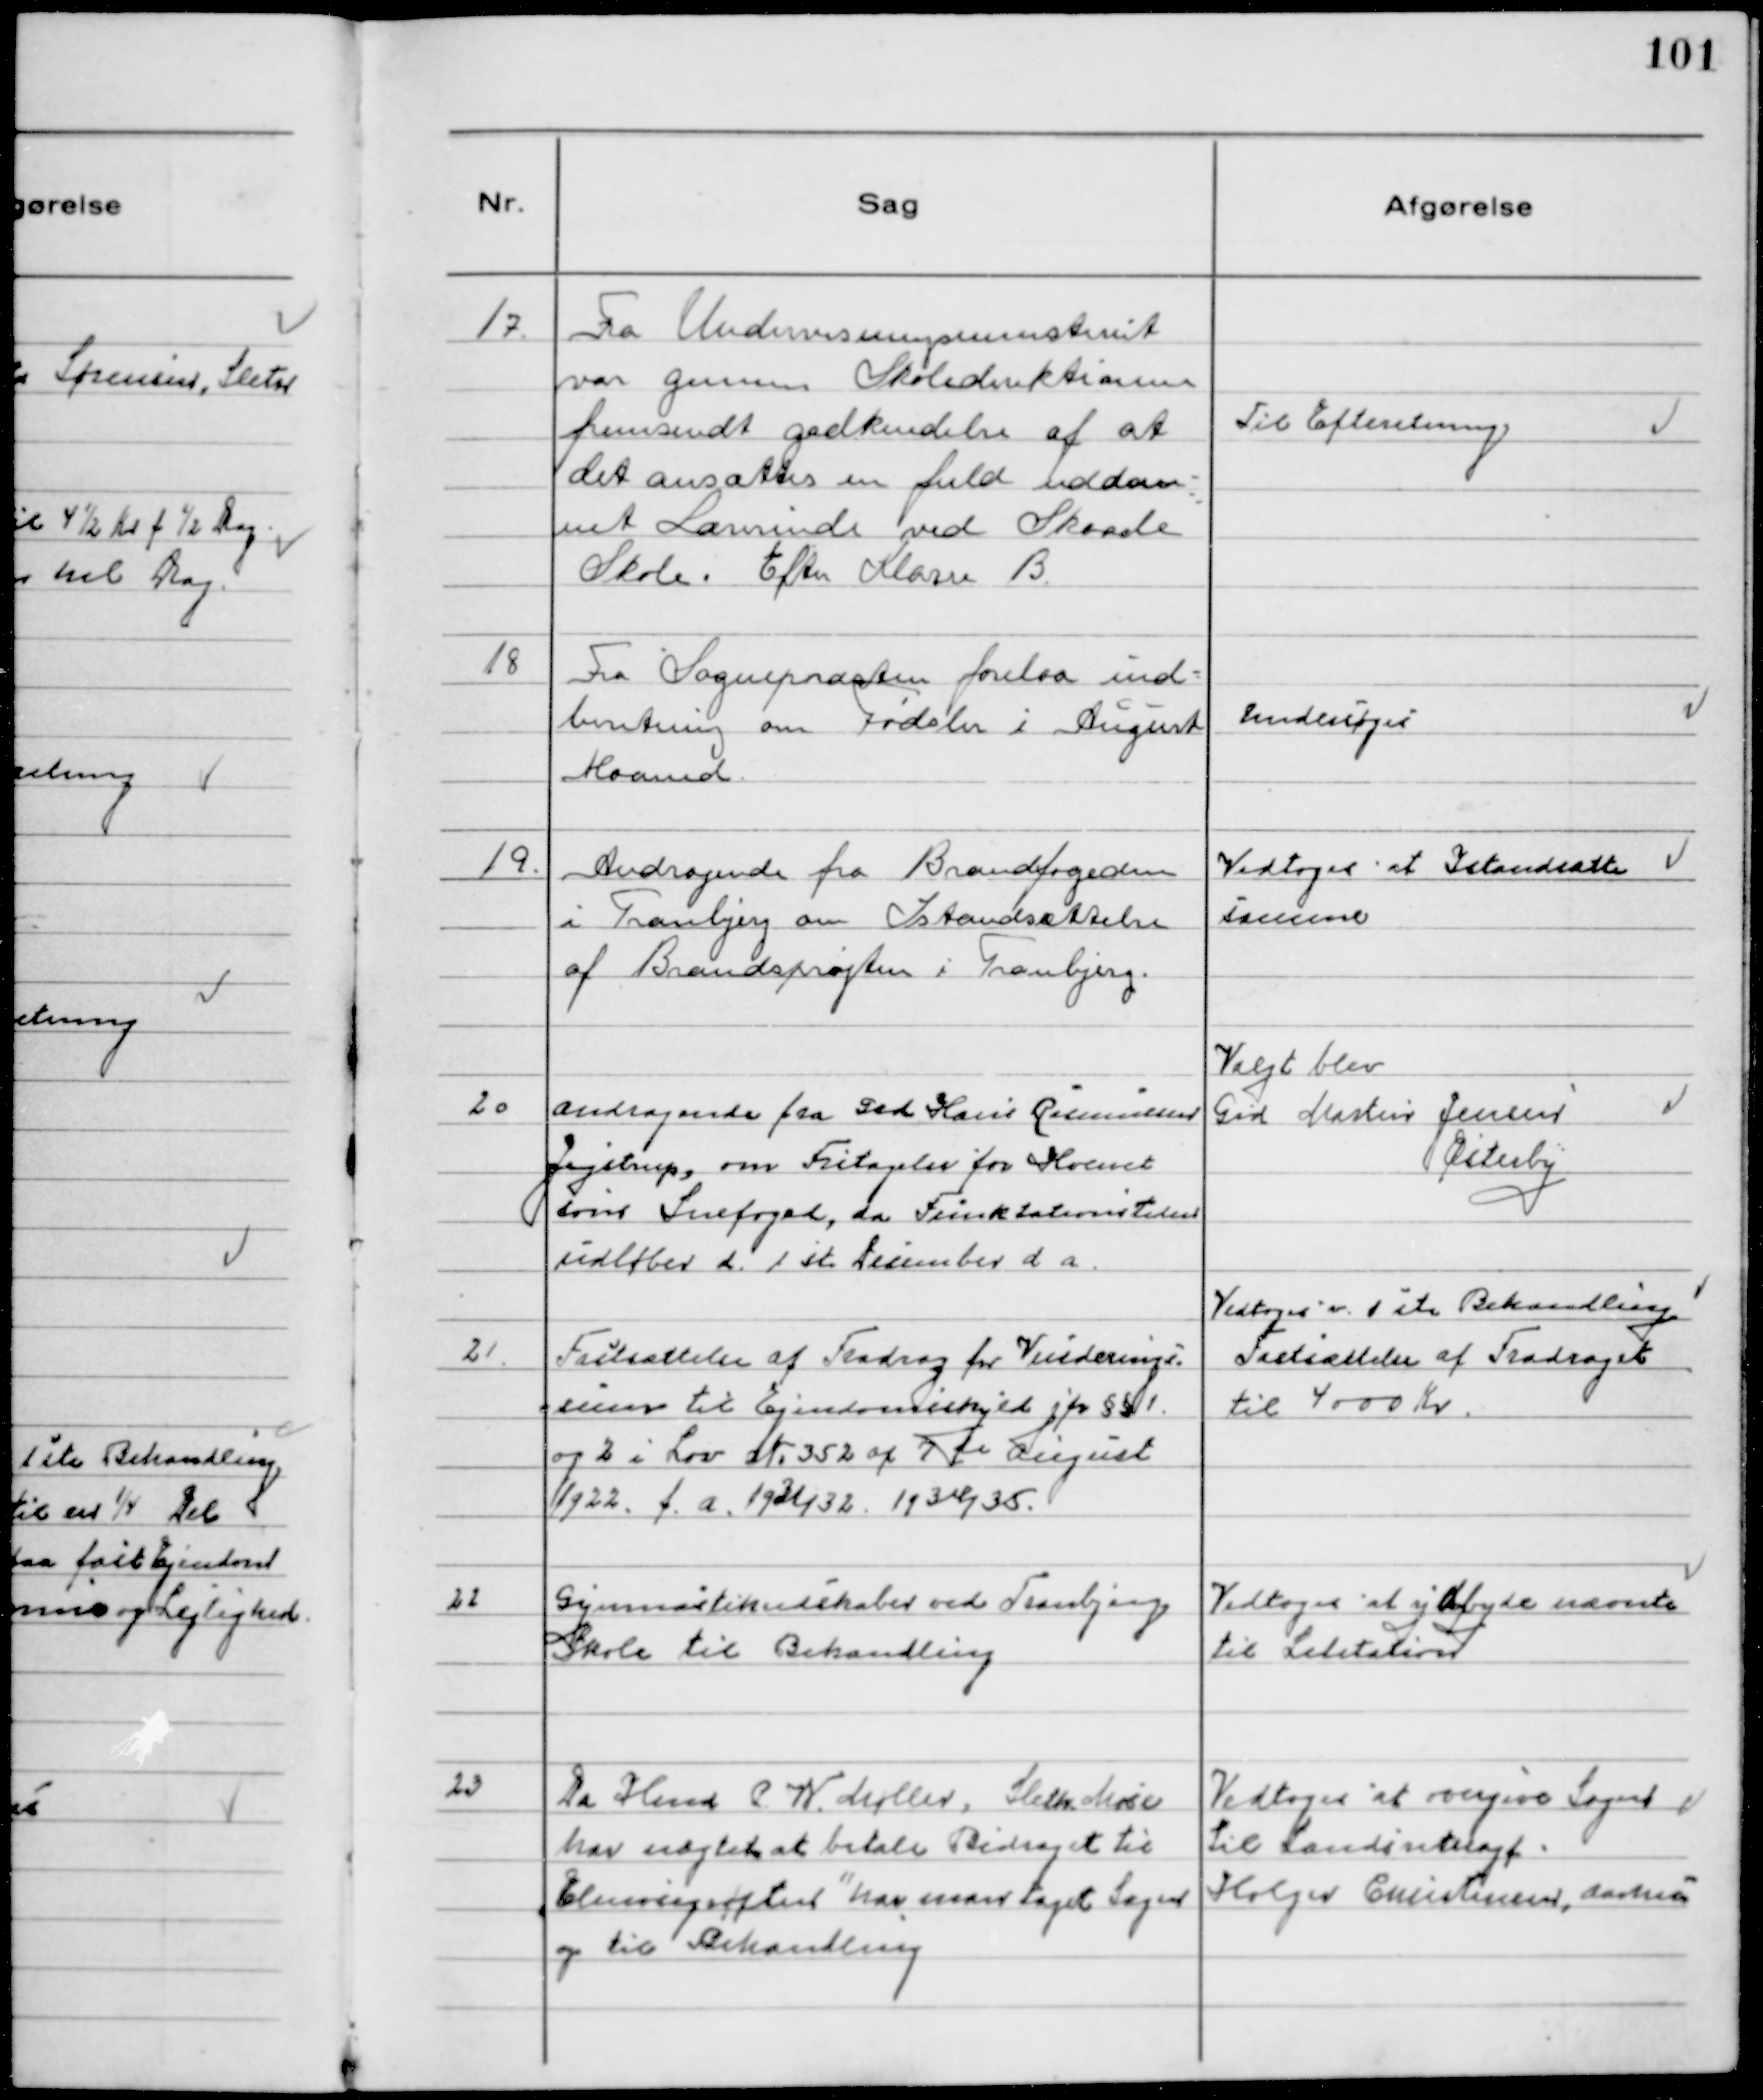
Transskription:
17.
Fra Undervisningsministeriet
var gennem Skokledirektionen
fremsendt godkendelse af at
det ansættes en fuld uddan-
net Lærerinde ved Skaade
Skole. Efter Klasse B.

Til Efteretning

18
Fra Sognepræsten forelaa ind-
beretning om Fødsler i August
Maaned.

Undersøges

19.
Andragende fra Brandfogeden
i Tranbjerg om Istandsættelse
af Brandsprøjten i Tranbjerg.

Vedtoges at Istandsætte
samme

20
Andragende fra Grd Hans Rasmussen
Jegstrup, om Fritagelse for Hvervet
som Snefoged, da Funktationstiden
udløber d. 1st December d a.

Valgt blev
Grd Martin Jensen
Østerby

21.
Fastsættelse af Fradrag for Vurderings-
sum til Ejendomsskyld jfr §§ 1
og 2 i Lov №352 af 7 de August
1922. f. a. 1931/32 1934/35.

Vedtoges v. 1 ste Behandlimg.
Fastsættelse af Fradraget
til 4000 Kr.

22
Gymnastikredskaber ved Tranbjerg
Skole til Behandling

Vedtoges at ydbyde nævnte
til Licitation

23
Da Hans P. W. Møller, Sleth Mose
har nægtet at betale Bidraget til
Elmosegrøften har man taget Sagen
op til Behandling

Vedtoges at overgive Sagen
til Landsretssagf.
Holger Christensen, Aarhus